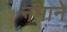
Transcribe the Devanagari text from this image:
नभाने